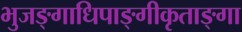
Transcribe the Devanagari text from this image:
भुजङ्गाधिपाङ्गीकृताङ्गा